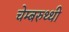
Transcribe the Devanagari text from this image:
चेम्बरुथ्थी